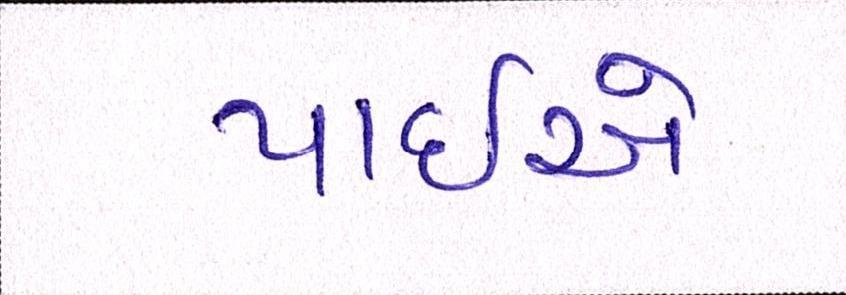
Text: પાઈએ